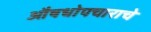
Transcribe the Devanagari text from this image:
औषधोपचाराचे